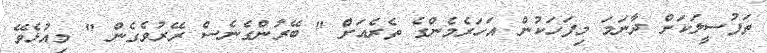
ތަފުސީލަކަށް ދާނަމަ މިފަހަކުން އަހަރެމެންގެ ތެރެއަށް " ބޭރުންގެނެސް ރޭރުވެގެން " މިއުޅެވޭ